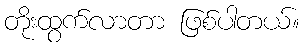
တိုးထွက်လာတာ ဖြစ်ပါတယ်။